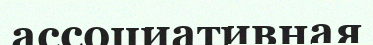
ассоциативная